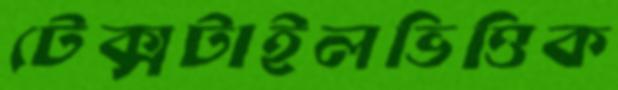
টেক্সটাইলভিত্তিক